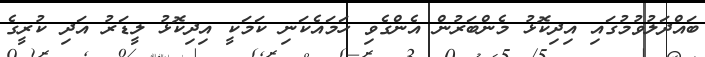
ބައްދަލުވުމުގައި އިދިކޮޅު މެންބަރުން އެންގެވި ހަމައެކަނި ކަމަކީ އިދިކޮޅު ލީޑަރު އަދި ކުރީގެ